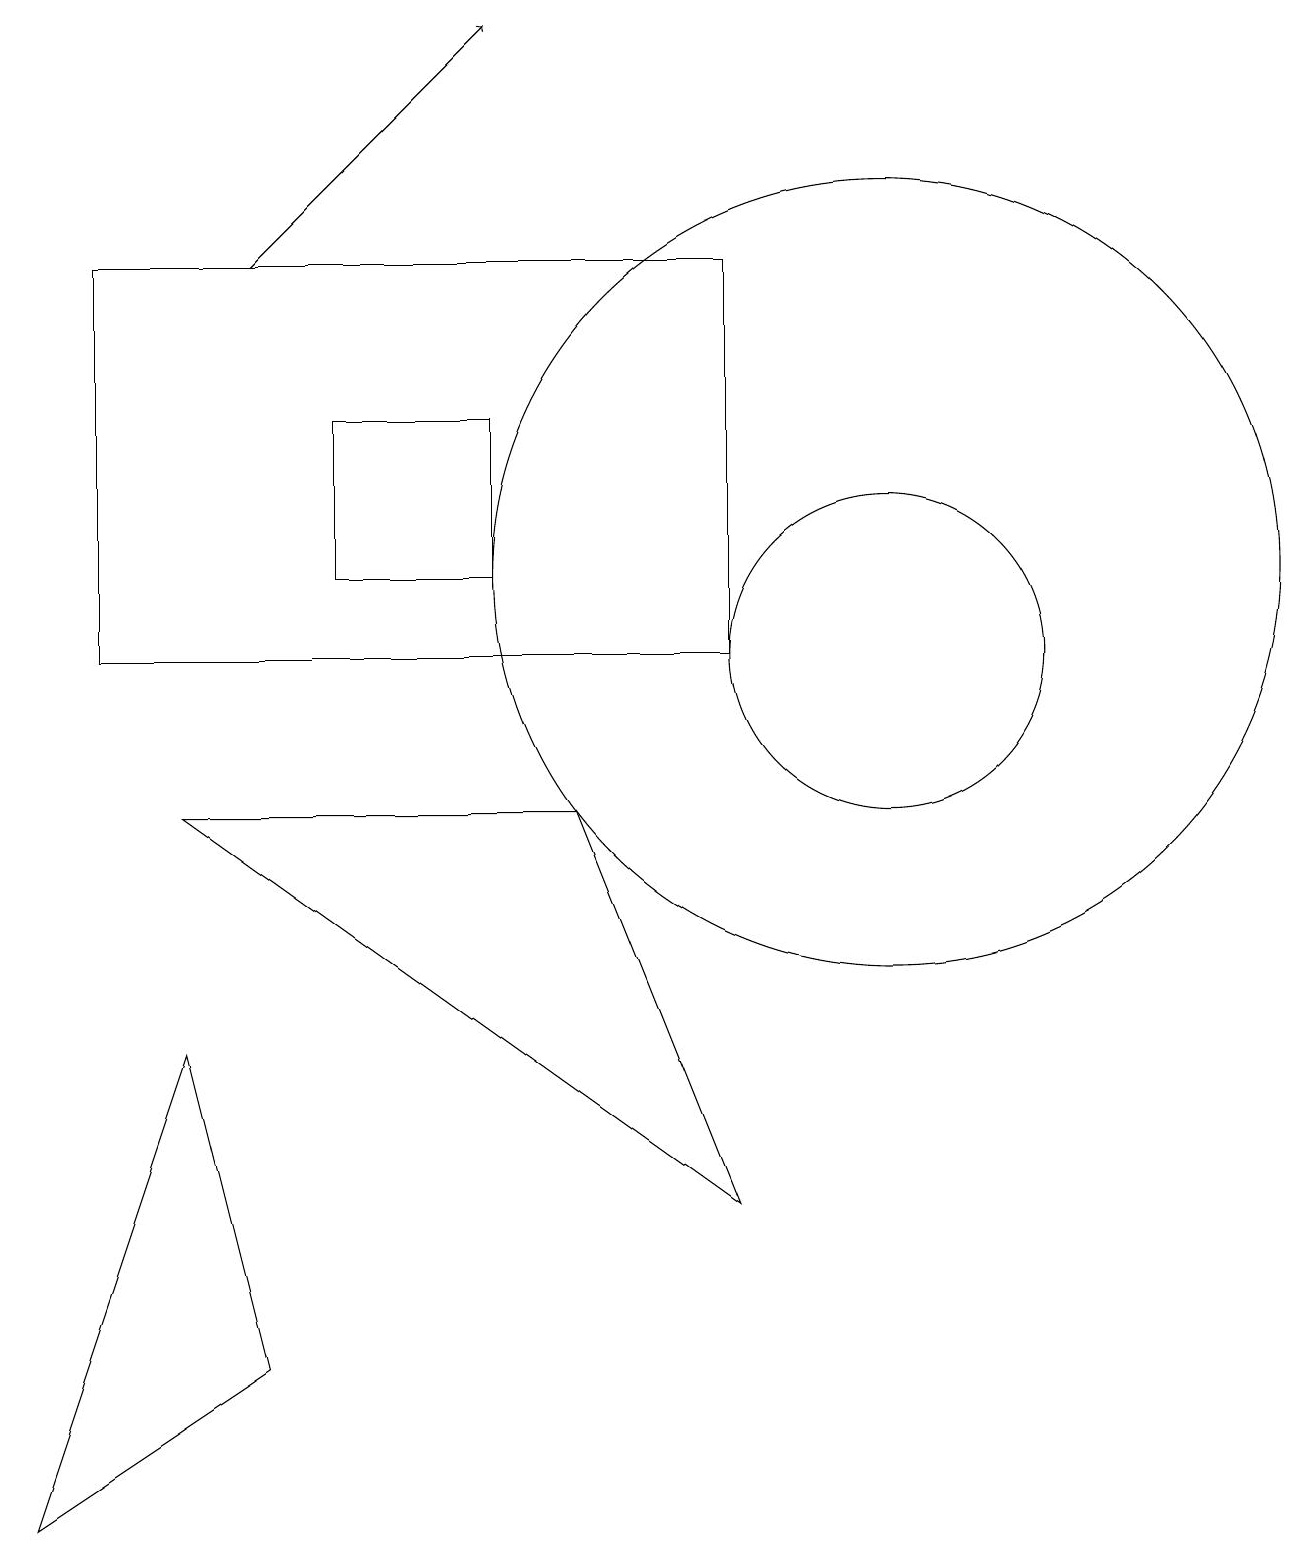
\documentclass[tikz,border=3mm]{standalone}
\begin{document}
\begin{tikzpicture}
\draw[->] (3,16) -- (6,19);
\draw (11,11) circle (2);
\draw (4,12) rectangle (6,14);
\draw (3,2) -- (0,0) -- (2,6) -- cycle;
\draw (11,12) circle (5);
\draw (9,16) rectangle (1,11);
\draw (9,4) -- (7,9) -- (2,9) -- cycle;
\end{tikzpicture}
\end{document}